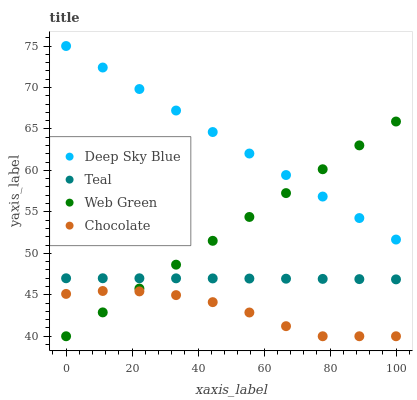
| xaxis_label | Deep Sky Blue | Teal | Web Green | Chocolate |
 | --- | --- | --- | --- | --- |
 | 0 | 75 | 47 | 40 | 45.1 |
 | 11.1 | 72.4 | 47 | 42.9 | 45.5 |
 | 22.2 | 69.8 | 47 | 45.8 | 45.4 |
 | 33.3 | 67.2 | 47 | 48.6 | 45 |
 | 44.4 | 64.6 | 47 | 51.5 | 44.1 |
 | 55.6 | 62 | 47 | 54.4 | 42.9 |
 | 66.7 | 59.4 | 46.9 | 57.3 | 41.2 |
 | 77.8 | 56.8 | 46.9 | 60.1 | 40 |
 | 88.9 | 54.3 | 46.9 | 63 | 40 |
 | 100 | 51.7 | 46.9 | 65.9 | 40 |